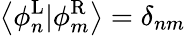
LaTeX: \left\langle{\phi_{n}^{\mathrm{{L}}}|\phi_{m}^{\mathrm{{R}}}}\right\rangle={\delta_{nm}}